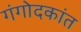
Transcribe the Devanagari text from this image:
गंगोदकांत